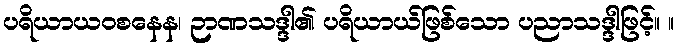
ပရိယာယဝစနေန၊ ဉာဏသဒ္ဒါ၏ ပရိယာယ်ဖြစ်သော ပညာသဒ္ဒါဖြင့်။ ။